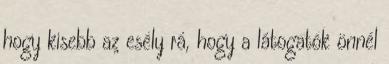
hogy kisebb az esély rá, hogy a látogatók önnél